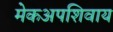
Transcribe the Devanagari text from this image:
मेकअपशिवाय